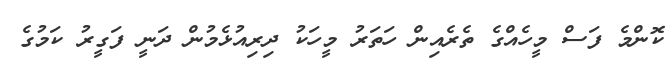
ކޮންމެ ފަސް މީހެއްގެ ތެރެއިން ހަތަރު މީހަކު ދިރިއުޅެމުން ދަނީ ފަގީރު ކަމުގެ